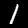
Label: 1